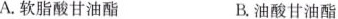
A.软脂酸甘油酯 B.油酸甘油酯